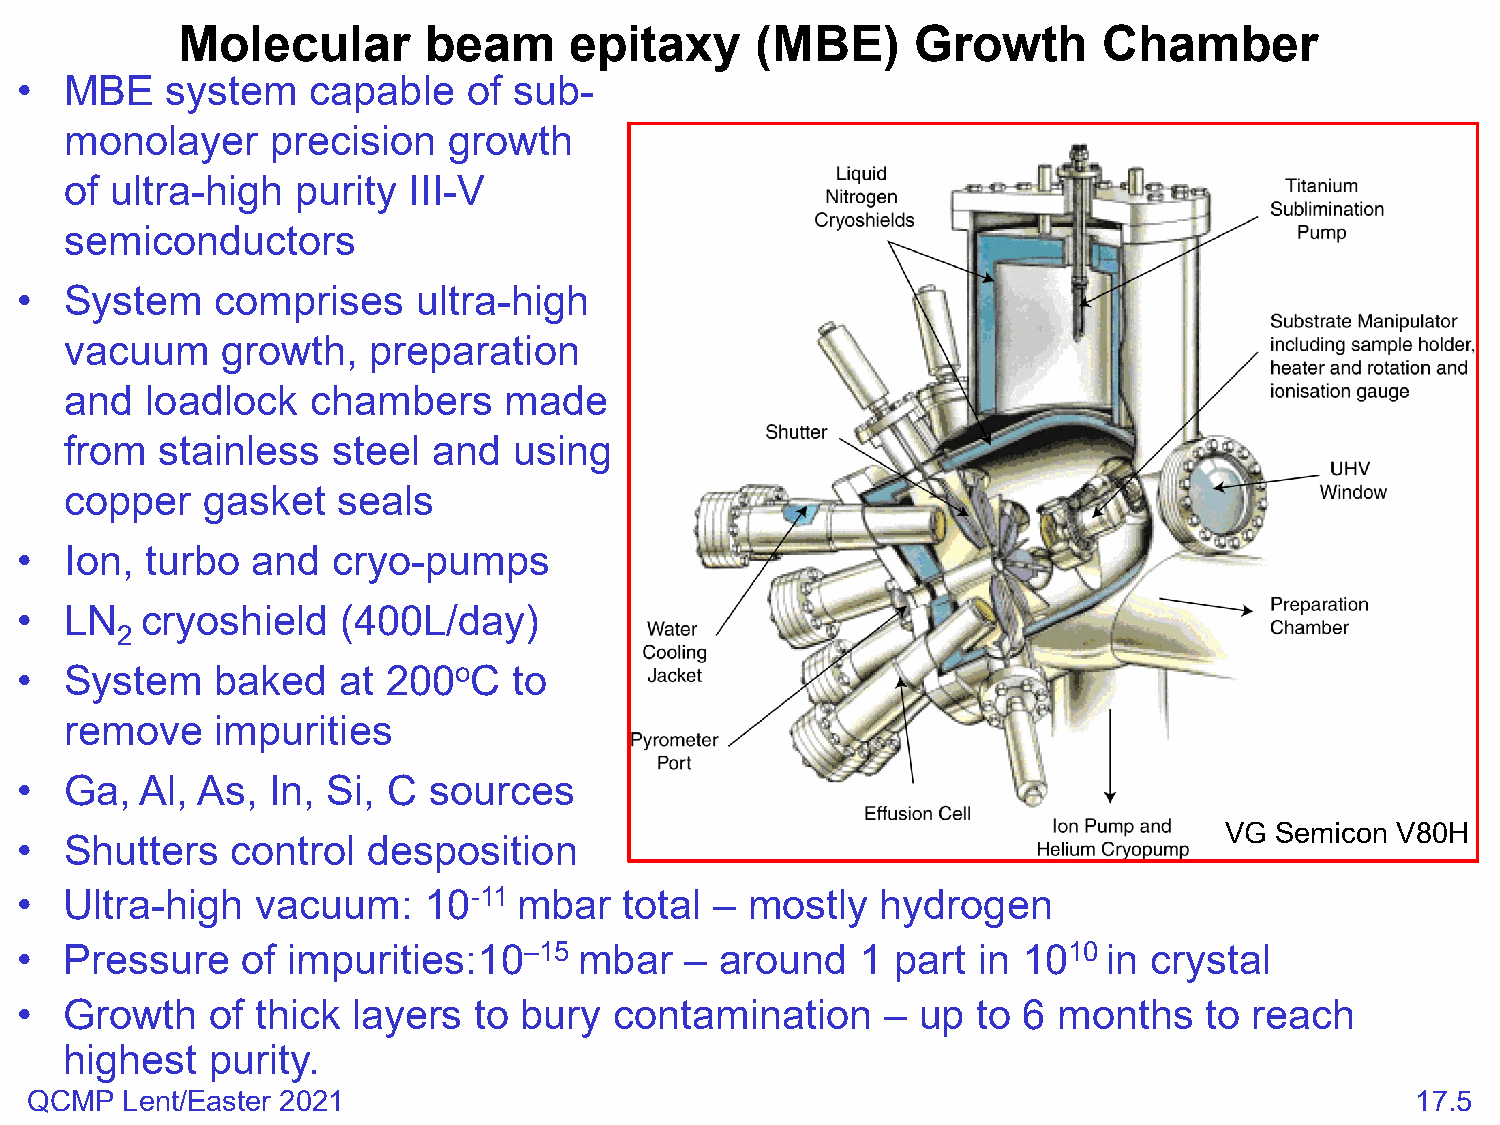
Molecular       beam      epitaxy     (MBE)      Growth      Chamber
 •  MBE    system   capable    of sub-
 monolayer     precision   growth
 of ultra-high   purity III-V
 semiconductors
 •  System    comprises     ultra-high
 vacuum     growth,  preparation
 and   loadlock   chambers    made
 from   stainless  steel  and  using
 copper   gasket   seals
 •  Ion,  turbo  and  cryo-pumps
 •  LN   cryoshield    (400L/day)
 2
 •  System    baked   at  200oC   to
 remove    impurities
 •  Ga,  Al, As,  In, Si, C sources
 VG Semicon V80H
 •  Shutters   control  desposition
 •  Ultra-high   vacuum:    10-11 mbar   total – mostly   hydrogen
 •  Pressure    of impurities:10–15   mbar   –  around   1 part  in 1010 in crystal
 •  Growth    of thick layers  to bury   contamination     – up  to 6 months    to reach
 highest   purity.
 QCMP  Lent/Easter 2021                                                                      17.5